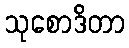
သုစောဒိတာ